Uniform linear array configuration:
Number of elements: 32
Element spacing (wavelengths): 1
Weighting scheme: binomial
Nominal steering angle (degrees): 45
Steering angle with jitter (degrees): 45.62
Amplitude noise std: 0.05
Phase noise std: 0.05

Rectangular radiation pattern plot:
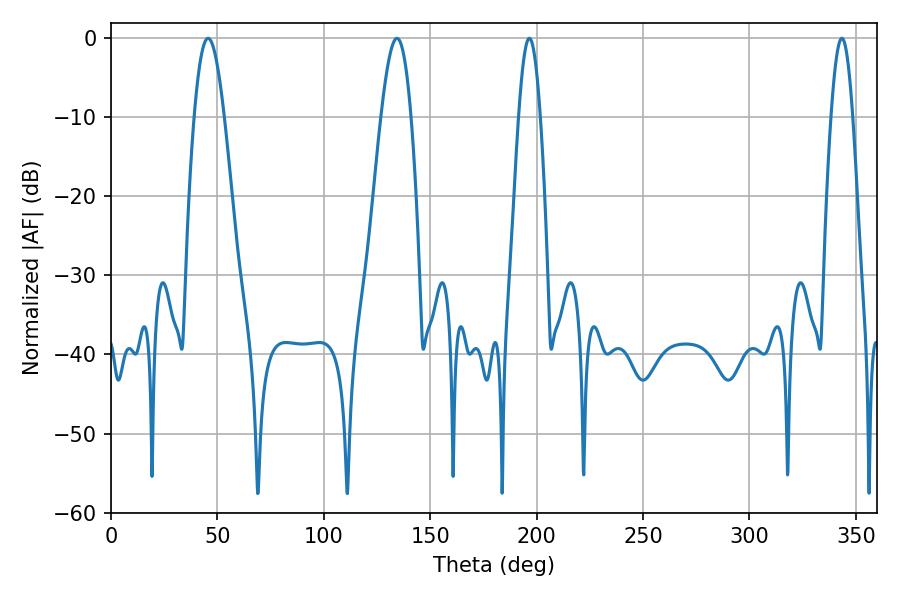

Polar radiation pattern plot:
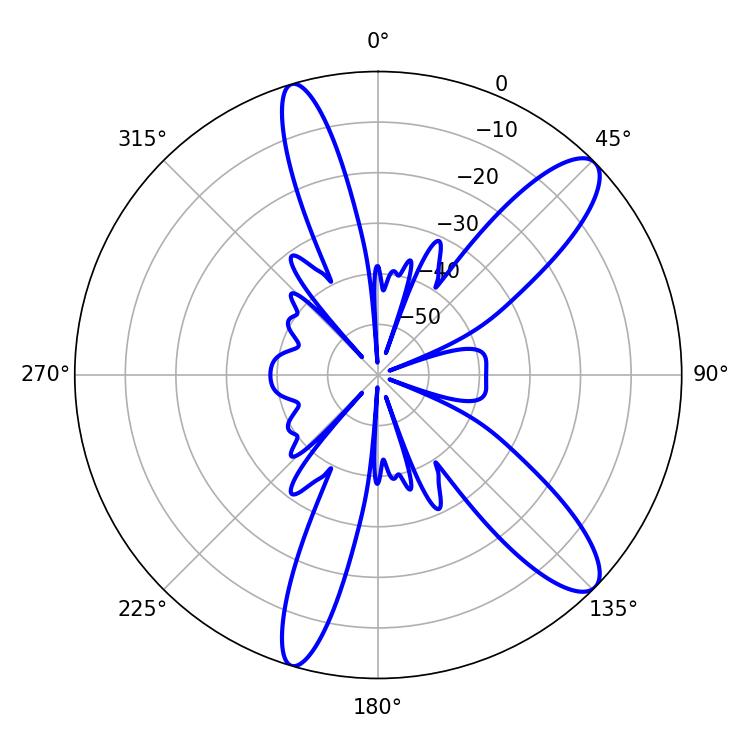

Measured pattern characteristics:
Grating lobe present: TRUE
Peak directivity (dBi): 11.305
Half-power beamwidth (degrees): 5.4
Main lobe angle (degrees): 196.56